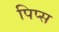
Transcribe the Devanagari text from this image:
पिप्स